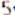
5